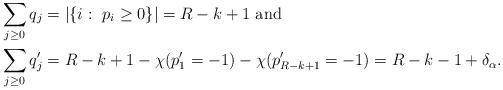
LaTeX: \begin{align*}&\sum_{j\geq 0}q_j=|\{i: \ p_i\geq 0\}|=R-k+1\hbox{ and }\\&\sum_{j\geq 0}q'_j=R-k+1-\chi(p'_1=-1)-\chi(p'_{R-k+1}=-1)=R-k-1+\delta_\alpha.\end{align*}